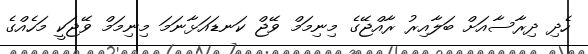
ހެދި ދިރާސާއަށް ބަލާއިރު ރާއްޖޭގެ މިނިމަމް ވޭޖް ކަނޑައަޅާނަމަ މިނިމަމް ވޭޖަކީ މަހެއްގެ